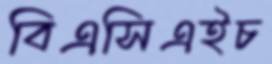
বিএসিএইচ